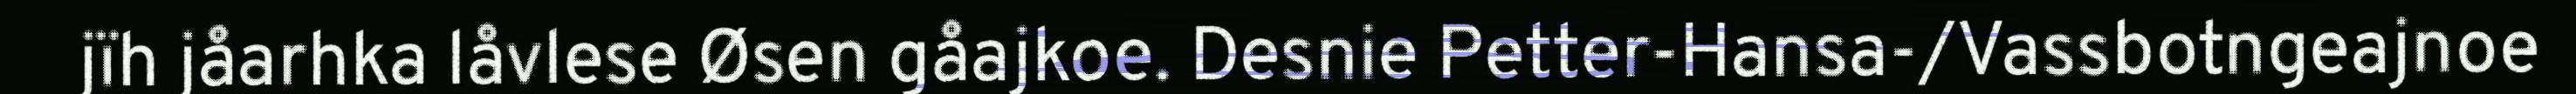
jïh jåarhka låvlese Øsen gåajkoe. Desnie Petter-Hansa-/Vassbotngeajnoe